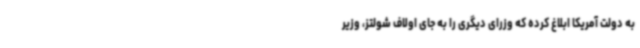
به دولت آمریکا ابلاغ کرده که وزرای دیگری را به جای اولاف شولتز، وزیر